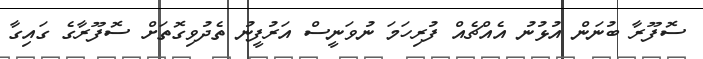
ސޮފޫރާ ބުނަން އުޅުނު އެއްޗެއް ފުރިހަމަ ނުވަނީސް އަރުފީނު ތެދުވިގޮތަށް ސޮފޫރާގެ ގައިގާ